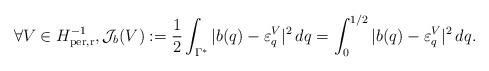
LaTeX: \begin{align*}\forall V \in H^{-1}_{\rm per, r}, \mathcal{J}_{b}(V):= \frac{1}{2}\int_{\Gamma^*} |b(q) - \varepsilon_{q}^V|^2\,dq = \int_0^{1/2} |b(q) - \varepsilon_{q}^V|^2\,dq.\end{align*}